Annual report on the health of the army in India
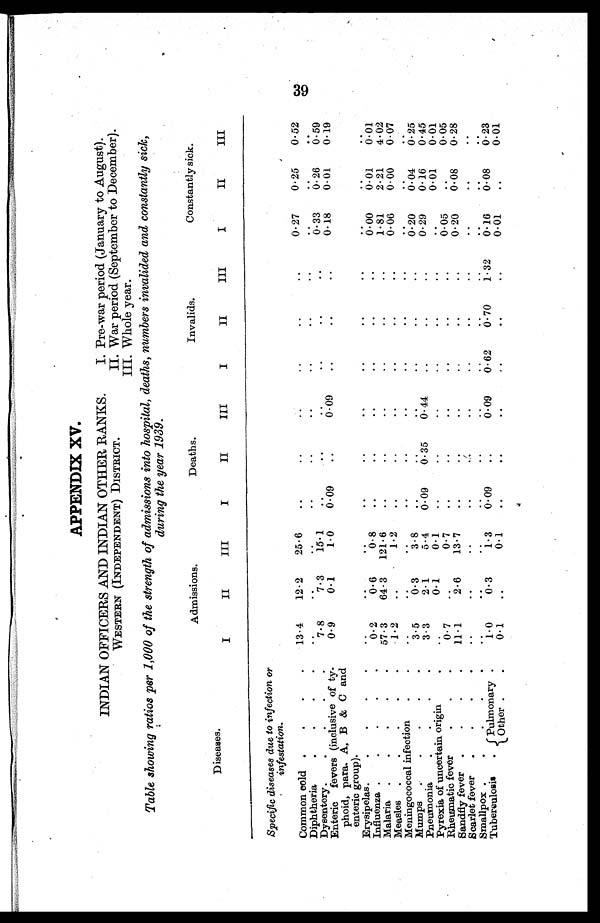
APPENDIX XV.
INDIAN OFFICERS AND INDIAN OTHER RANKS.
WESTERN (INDEPENDENT) DISTRICT.
I. Pre-war period (January to August).
II. War period (September to December).
III. Whole year.
Table showing ratios per 1,000 of the strength of admissions into hospital, deaths, numbers invalided and constantly sick,
during the year 1939 .
Diseases.
Admissions.
Deaths.
Invalids.
Constantly sick.
I
II
III
I
II
III
I
II
III
I
II
III
Specific diseases due to infection or
infestation.
Common. cold .
.
.
.
13.4
12.2
25.6
..
. .
..
..
..
..
0.27
0.25
0.52
Diphtheria
.
.
. .
..
. .
..
..
..
..
..
..
..
..
..
..
..
Dysentery.
.
.
.
.
7 . 8
7.3
. .
..
..
. .
..
..
..
0.33
0.26
0.59
Enteric fevers (inclusive of ty
¬phoid, para. A, B & C and
enteric group).
0.9
0.1
1.0
0.09
..
0.09
..
..
..
0.18
0.01
0.19
Erysipelas.
. . .
..
..
. .
..
..
..
..
..
..
..
..
..
Influenza . . . . .
0.2
0.6
0.8
..
. .
..
..
..
..
0.00
0.01
0.01
Malaria .
.
. . .
57.3
64.3 121.6
..
. .
. .
..
..
..
1.81
2.21
4.02
Measles .
.
.
.
.
1.2
..
1.2
..
..
..
..
..
..
0. 06
0.00
0.07
Meningococcal infection
.
.
..
..
..
..
..
..
..
..
..
..
..
..
Mumps . . . . .
3.5
0.3
3.
.
..
..
. .
..
..
0.20
0.04
0.25
Pneumonia
. . .
3.3
2.1
5.4
0.9
. .
. .
..
..
..
0.29
0.16
0.45
Pyrexia of uncertain origin
.
..
0.1
0.1
. .
. .
..
..
..
..
..
0.01
0.01
Rheumatic fever
.
.
0.7
..
0.7
. .
. .
..
..
. . ..
0.05
..
0.05
Sandfiy fever .
.
.
.
11.1
2.6
13.7
..
. .
..
..
..
..
0 20
0.08
0.28
Scarlet fever .
.
. .
..
..
..
..
..
..
..
..
..
..
..
. .
Smallpox .
.
. . .
. .
..
..
..
..
..
..
..
..
..
..
..
Tuberculosis
.Pulmonary .
1.0
0.3
1.3
0.09
..
0.09
0.62
0.70
1.32
0.16
0.08 .
0.23
Other ..
0.1
..
0.1
..
..
..
..
. .
. .
0.01
..
0.01
39